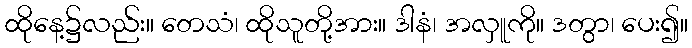
ထိုနေ့၌လည်း။ တေသံ၊ ထိုသူတို့အား။ ဒါနံ၊ အလှူကို။ ဒတွာ၊ ပေး၍။